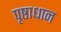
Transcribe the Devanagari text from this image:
पृष्ठाधान